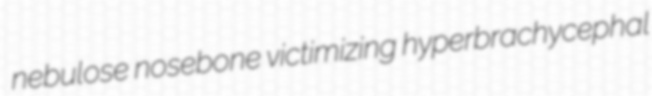
nebulose nosebone victimizing hyperbrachycephal